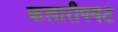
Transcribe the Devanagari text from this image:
कलारीपयट